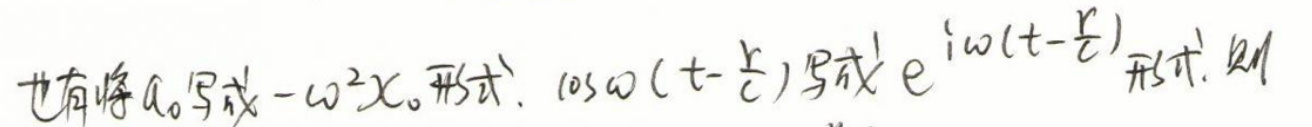
也有将$a_{0}$写成$-\omega^{2}x_{0}$形式，$\cos\omega\left(t - \frac{r}{c}\right)$写成$e^{i\omega\left(t-\frac{r}{c}\right)}$形式，则